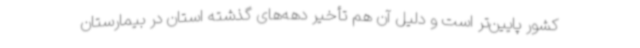
کشور پایین‌تر است و دلیل آن هم تأخیر دهه‌های گذشته استان در بیمارستان